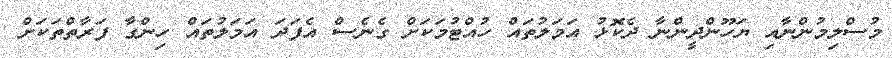
މުސްލިމުންނާއި ޔަހޫންދީންނާ ދެކޮޅު އަމަލުތައް ހުއްޓުމަކަށް ގެނެސް އެފަދަ އަމަލުތައް ހިންގާ ފަރާތްތަކަށް